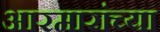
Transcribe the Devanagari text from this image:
आरमारांच्या